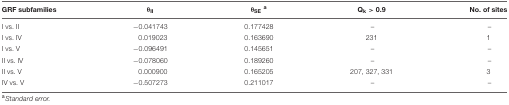
<table><thead><tr><td><b>GRF subfamilies</b></td><td><b>θ<sub>II</sub></b></td><td><b>θ<sub>SE</sub><sup>a</sup></b></td><td><b>Q<sub>k</sub> &gt; 0.9</b></td><td><b>No. of sites</b></td></tr></thead><tbody><tr><td>I vs. II</td><td>-0.041743</td><td>0.177428</td><td>–</td><td>–</td></tr><tr><td>I vs. IV</td><td>0.019023</td><td>0.163690</td><td>231</td><td>1</td></tr><tr><td>I vs. V</td><td>-0.096491</td><td>0.145651</td><td>–</td><td>–</td></tr><tr><td>II vs. IV</td><td>-0.078060</td><td>0.189260</td><td>–</td><td>–</td></tr><tr><td>II vs. V</td><td>0.000900</td><td>0.165205</td><td>207, 327, 331</td><td>3</td></tr><tr><td>IV vs. V</td><td>-0.507273</td><td>0.211017</td><td>–</td><td>–</td></tr></tbody></table>